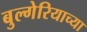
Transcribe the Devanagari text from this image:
बुल्गेरियाच्या